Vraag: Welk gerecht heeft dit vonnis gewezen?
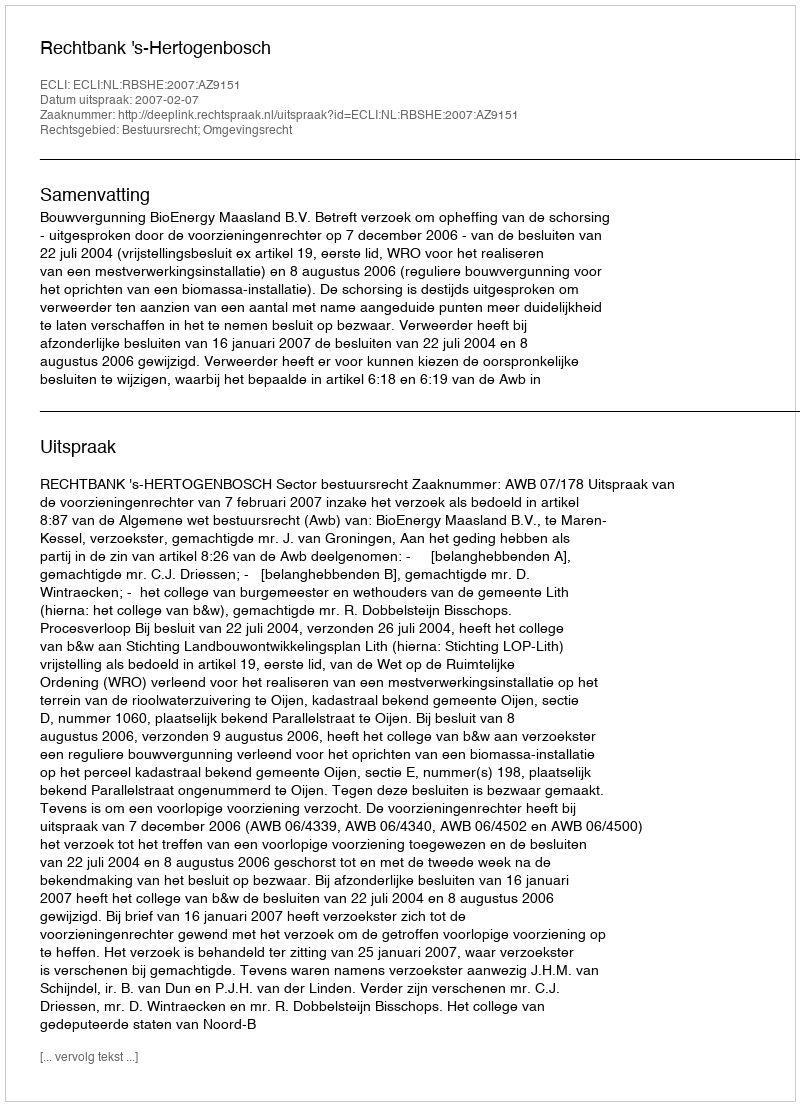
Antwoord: Rechtbank 's-Hertogenbosch